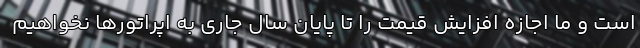
است و ما اجازه افزایش قیمت را تا پایان سال جاری به اپراتورها نخواهیم